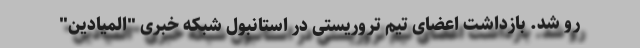
رو شد. بازداشت اعضای تیم تروریستی در استانبول شبکه خبری "المیادین"